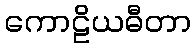
ကောဠိယဓီတာ